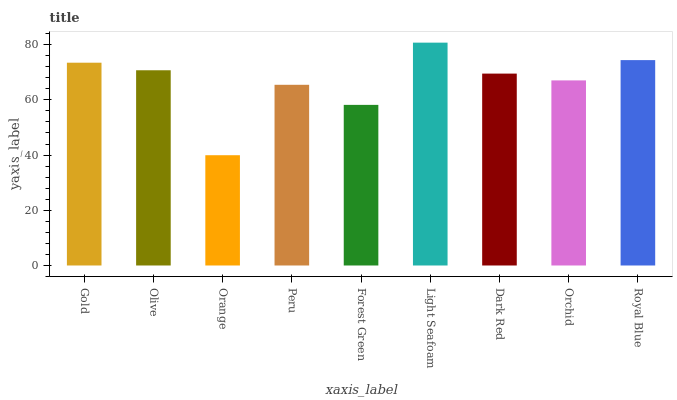
| xaxis_label | bars |
 | --- | --- |
 | Gold | 73.5 |
 | Olive | 70.7 |
 | Orange | 39.9 |
 | Peru | 65.5 |
 | Forest Green | 58.2 |
 | Light Seafoam | 80.7 |
 | Dark Red | 69.5 |
 | Orchid | 67 |
 | Royal Blue | 74.4 |